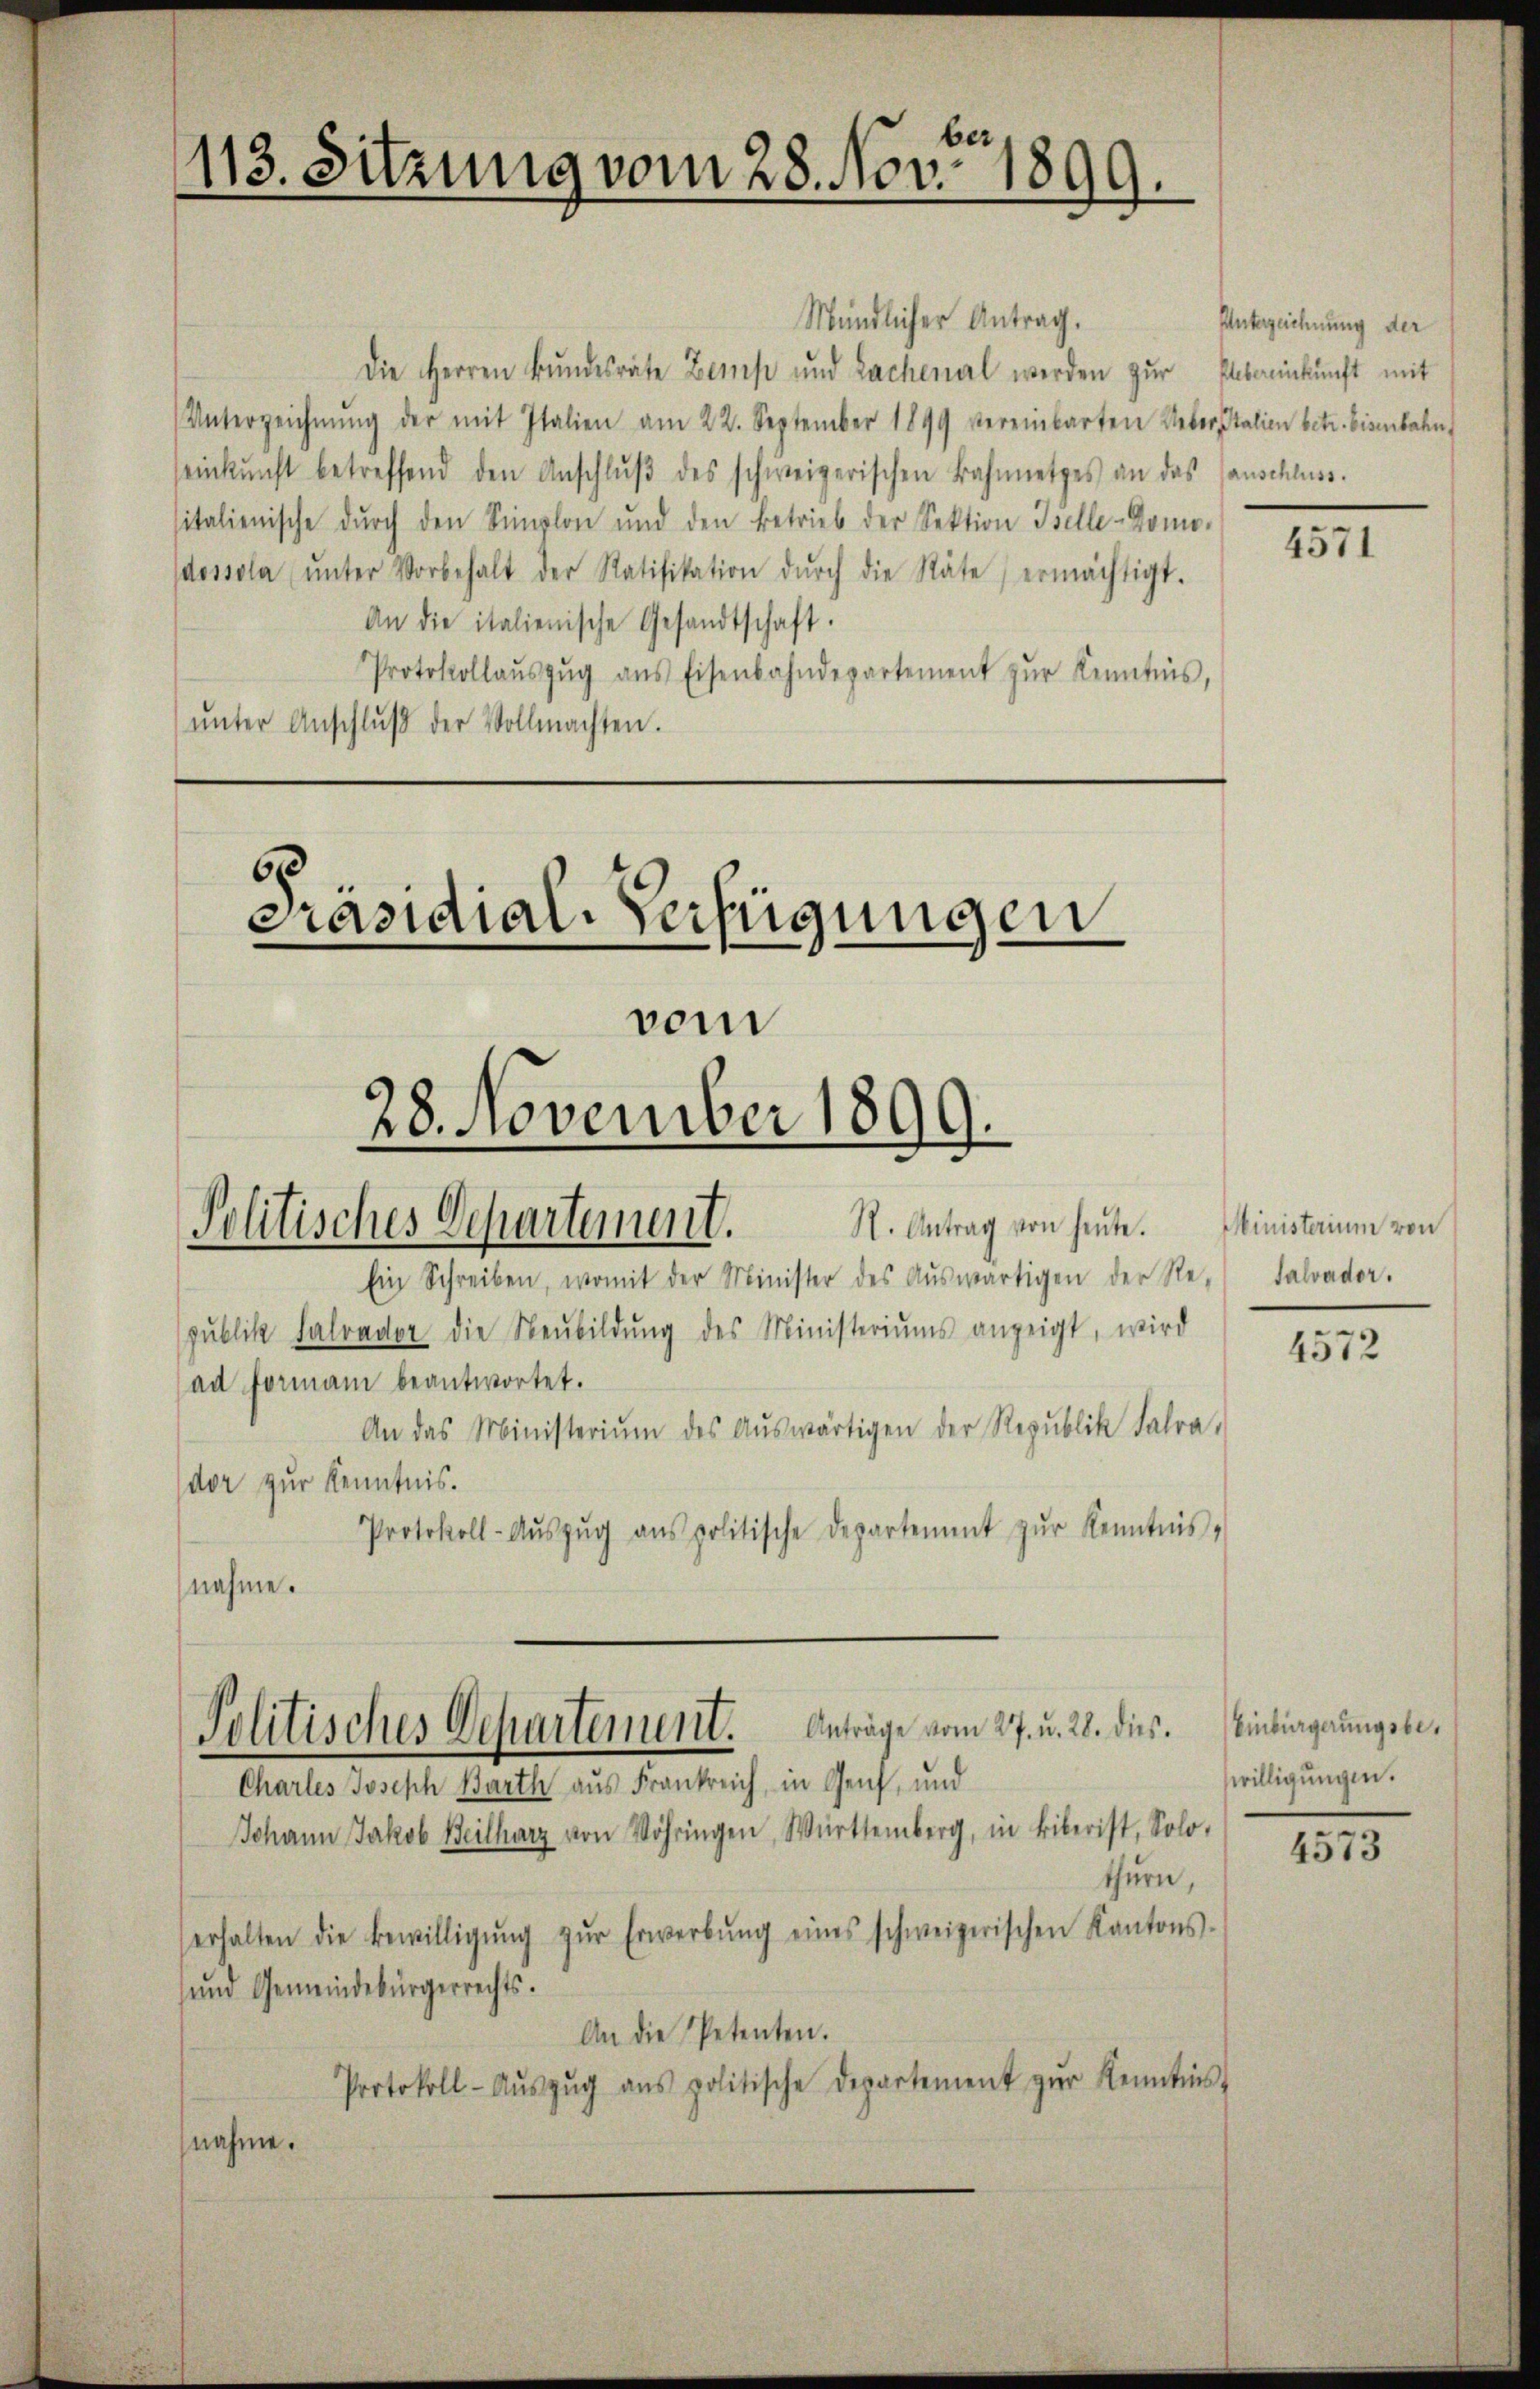
ber
113. Sitzung vom 28. Nov. 1899.

Mündlicher Antrag.
Die Herren Bundesräte Zemp und Lachenal werden zur Erbannkunft mit
Unterzeichnŭng der mit Italien am 22. September 1899 vereinbarten Uebersitalien betr. Eisenbahn
einkunft betreffend den Anschlŭβ des schweizerischen Bahnnetzes an das sanschluss.
sitalienische dŭrch den Simplon und den Betrieb der Sektion Iselle-Domo-
dossola ŭnter Vorbehalt der Ratifikation dŭrch die Räte ermächtigt.
An die italienische Gesandtschaft.
Protokollaŭszŭg aŭs Eisenbahndepartement zŭr Kenntnis,
ŭnter Anschlŭβ der Vollmachten.

6
Präsidial-Verfügungen
vom
28. November 1899.
Politisches Departement. N. Antrag von heute.

Ein Schreiben, womit der Minister des Aŭswärtigen der Re-
pŭblik Farader die Neŭbildŭng des Ministeriums anzeigt, wird
ad Formani beantwortet.
An das Ministeriŭm des Aŭswärtigen der Republik Fahra-
dor zur Kenntnis.
Protokoll-Aŭszŭg aŭs politische Departement zŭr Kenntnis,
nehme.

Politisches Departement. Anträge vom 27. u. 28. dies

Charles Joseph Barth aus Frankreich, in Genf, und
Johann Jakob Beilharz von Vöhringen, Württemberg, in Biberist, Solo-
thurn,
erhalten die Bewilligŭng zŭr Erwerbŭng eines schweizerischen Kantons-
und Gemeindebürgerrechts.
An die Petenten.
Protokoll- Aŭszŭg ans politische Departement zŭr Kenntnis
nahme.

Unterzeichnung der

4571

Ministerium von
salvader.

4572

Einbürgerungsbewilligungen.

4573